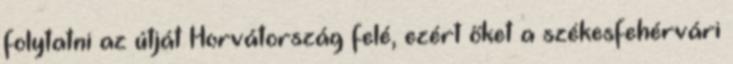
folytatni az útját Horvátország felé, ezért őket a székesfehérvári